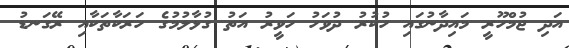
އަދި ޖުމްހޫރީ މައިދާނުގައި ހުކުރު ދުވަހު ހަވީރު އަތު ގުޅާލުމުގެ ހަރަކާތަކާއި ރޭގަނޑު